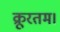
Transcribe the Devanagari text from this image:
क्रूरतम।